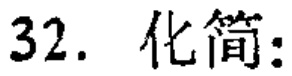
32. 化简: